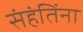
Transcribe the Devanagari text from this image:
संहंतिंना